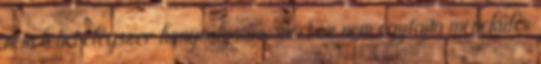
nem lehet elégszer hangsúlyozni, mert ez nem egyfajta menekülés